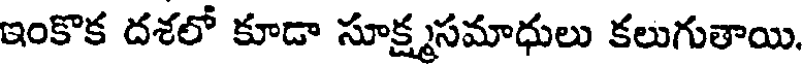
ఇంకొక దశలో కూడా సూక్ష్మసమాధులు కలుగుతాయి.